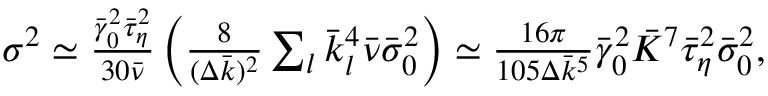
\begin{array} { r } { \sigma ^ { 2 } \simeq \frac { \bar { \gamma } _ { 0 } ^ { 2 } \bar { \tau } _ { \eta } ^ { 2 } } { 3 0 \bar { \nu } } \left( \frac { 8 } { ( \Delta \bar { k } ) ^ { 2 } } \sum _ { l } \bar { k } _ { l } ^ { 4 } \bar { \nu } \bar { \sigma } _ { 0 } ^ { 2 } \right) \simeq \frac { 1 6 \pi } { 1 0 5 \Delta \bar { k } ^ { 5 } } \bar { \gamma } _ { 0 } ^ { 2 } \bar { K } ^ { 7 } \bar { \tau } _ { \eta } ^ { 2 } \bar { \sigma } _ { 0 } ^ { 2 } , } \end{array}